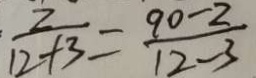
\frac { 2 } { 1 2 + 3 } = \frac { 9 0 - 2 } { 1 2 - 3 }